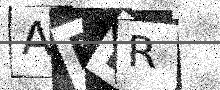
Text: AERR